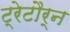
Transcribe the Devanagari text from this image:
ट्रेटौर्न